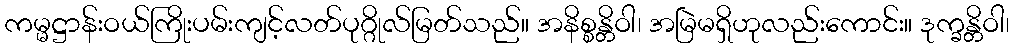
ကမ္မဋ္ဌာန်းဝယ်ကြိုးပမ်းကျင့်လတ်ပုဂ္ဂိုလ်မြတ်သည်။ အနိစ္စန္တိဝါ၊ အမြဲမရှိဟုလည်းကောင်း။ ဒုက္ခန္တိဝါ၊